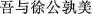
吾与徐公孰美